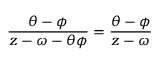
\frac { \theta - \phi } { z - \omega - \theta \phi } = \frac { \theta - \phi } { z - \omega }